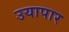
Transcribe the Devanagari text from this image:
उयापार